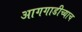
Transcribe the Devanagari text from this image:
आगगाडीच्याच